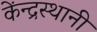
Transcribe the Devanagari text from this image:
केंन्द्रस्थानी